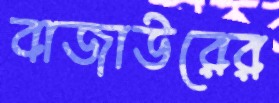
বাজাউরের